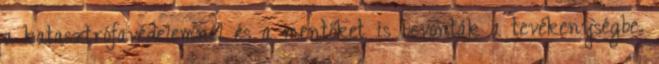
a katasztrófavédelemnél és a mentőket is bevonták a tevékenységbe.